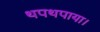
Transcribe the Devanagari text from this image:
थपथपाया।